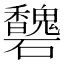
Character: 𥗶